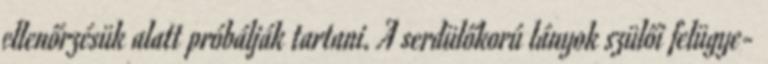
ellenőrzésük alatt próbálják tartani. A serdülőkorú lányok szülői felügye-